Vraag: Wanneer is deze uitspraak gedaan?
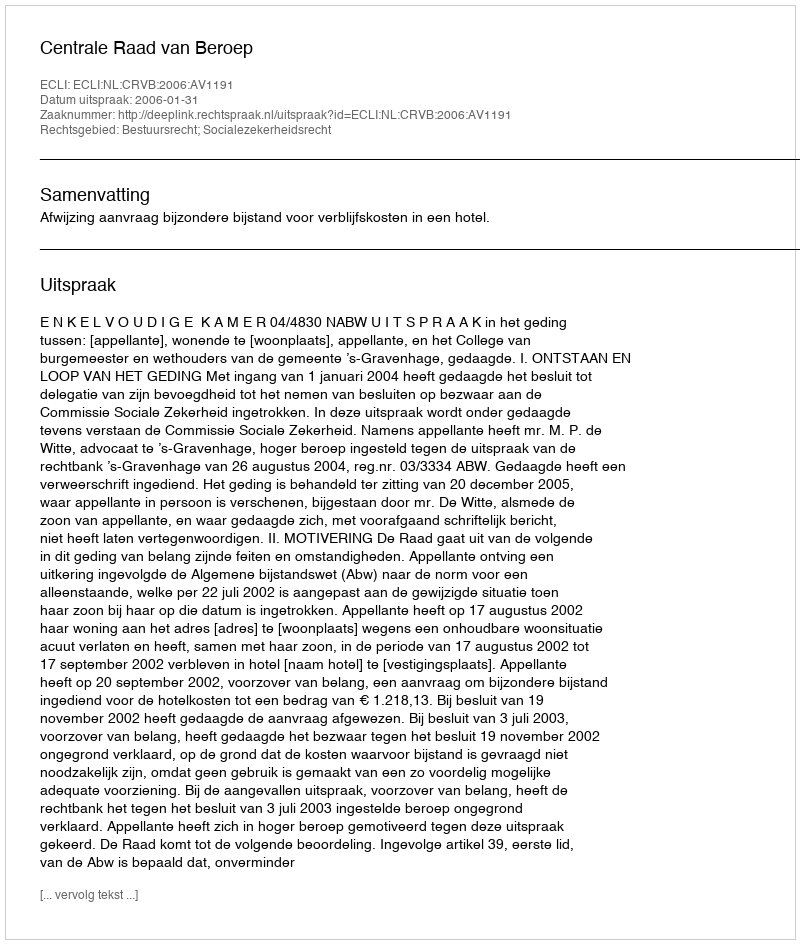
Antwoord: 2006-01-31